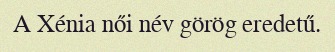
A Xénia női név görög eredetű.